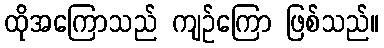
ထိုအကြောသည် ကျဉ်ကြော ဖြစ်သည်။